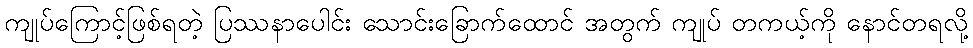
ကျုပ်ကြောင့်ဖြစ်ရတဲ့ ပြဿနာပေါင်း သောင်းခြောက်ထောင် အတွက် ကျုပ် တကယ့်ကို နောင်တရလို့